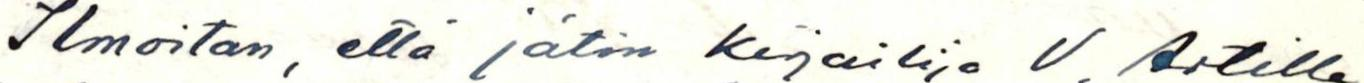
Ilmoitan, että jätin Kirjailija V. Artille